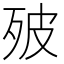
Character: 㱟